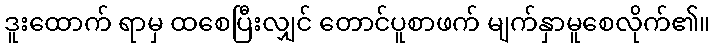
ဒူးထောက် ရာမှ ထစေပြီးလျှင် တောင်ပူစာဖက် မျက်နှာမူစေလိုက်၏။